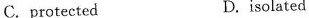
C.protected D.isolated